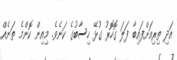
އަދި ތިރިއަށްފައިބާ ފަލަ ގޮހޮރު ގުޅޭ ހިސާބުގެ ކަނެވެ. މިއިން ކޮންމެ ތަނެއް